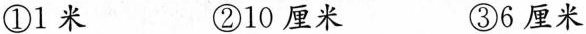
①1米 ②10厘米 ③6厘米